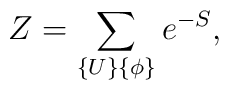
Z = \sum_{\{U\} \{\phi\}} e^{-S} ,